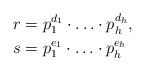
LaTeX: \begin{align*}r &= p_1^{d_1} \cdot \ldots \cdot p_h^{d_h}, \\s &= p_1^{e_1} \cdot \ldots \cdot p_h^{e_h}\end{align*}